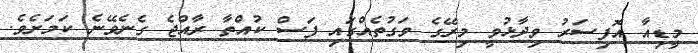
މީޑިއާ އޮފިސަރު ވިދާޅުވީ މިރޭގެ ވަގުތެއްގައި ފަސް ކުއްތާ ރާއްޖެ ގެނެވޭނެ ކަމަށެވެ.